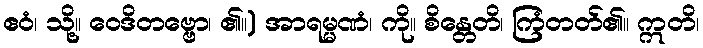
ဧဝံ၊ သို့။ ဝေဒိတဗ္ဗော၊ ၏။) အာရမ္မဏံ၊ ကို။ စိန္တေတိ၊ ကြံတတ်၏။ ဣတိ၊